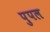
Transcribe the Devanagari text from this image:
पुपल